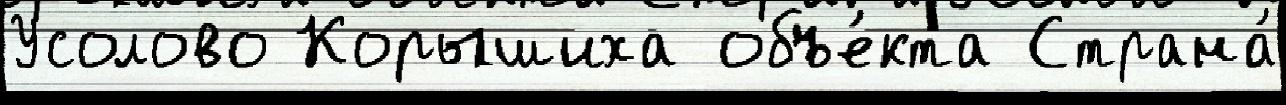
Усолово Корышиха объе́кта Страна́